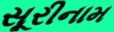
સૂરીનામ